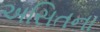
અસિતના